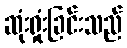
ဆုံးရှုံးခြင်းသည်